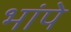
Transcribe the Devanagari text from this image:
भांपे